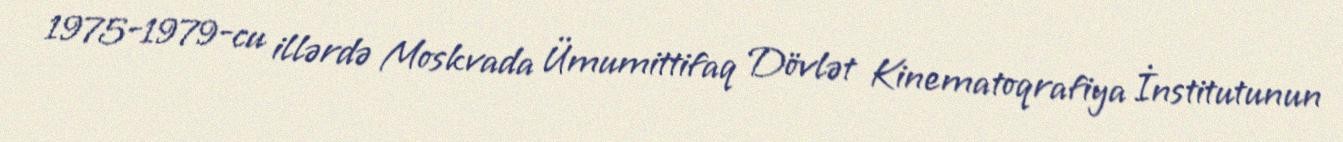
1975-1979-cu illərdə Moskvada Ümumittifaq Dövlət Kinematoqrafiya İnstitutunun